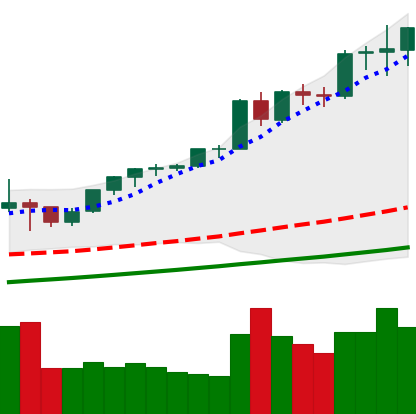
Ticker: ETH-USD
Chart end date: 2021-05-11
Forward return: -13.942%
Label: down_7plus